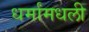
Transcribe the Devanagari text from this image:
धर्मांमधली